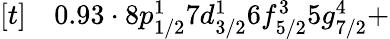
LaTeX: \begin{array}{rl}{[t]}&{{}0.93\cdot 8p_{1/2}^{1}7d_{3/2}^{1}6f_{5/2}^{3}5g_{7/2}^{4}+}\end{array}